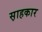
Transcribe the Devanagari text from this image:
स़ाहकार